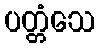
ပတ္တံသေ